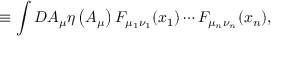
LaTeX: \equiv \int D A _ { \mu } \eta \left( A _ { \mu } \right) F _ { \mu _ { 1 } \nu _ { 1 } } ( x _ { 1 } ) \cdots F _ { \mu _ { n } \nu _ { n } } ( x _ { n } ) ,